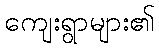
ကျေးရွာများ၏